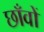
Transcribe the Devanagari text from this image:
छाँवों